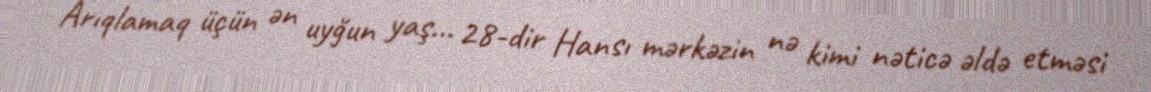
Arıqlamaq üçün ən uyğun yaş... 28-dir Hansı mərkəzin nə kimi nəticə əldə etməsi